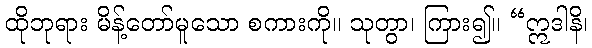
ထိုဘုရား မိန့်တော်မူသော စကားကို။ သုတွာ၊ ကြား၍။ “ဣဒါနိ၊